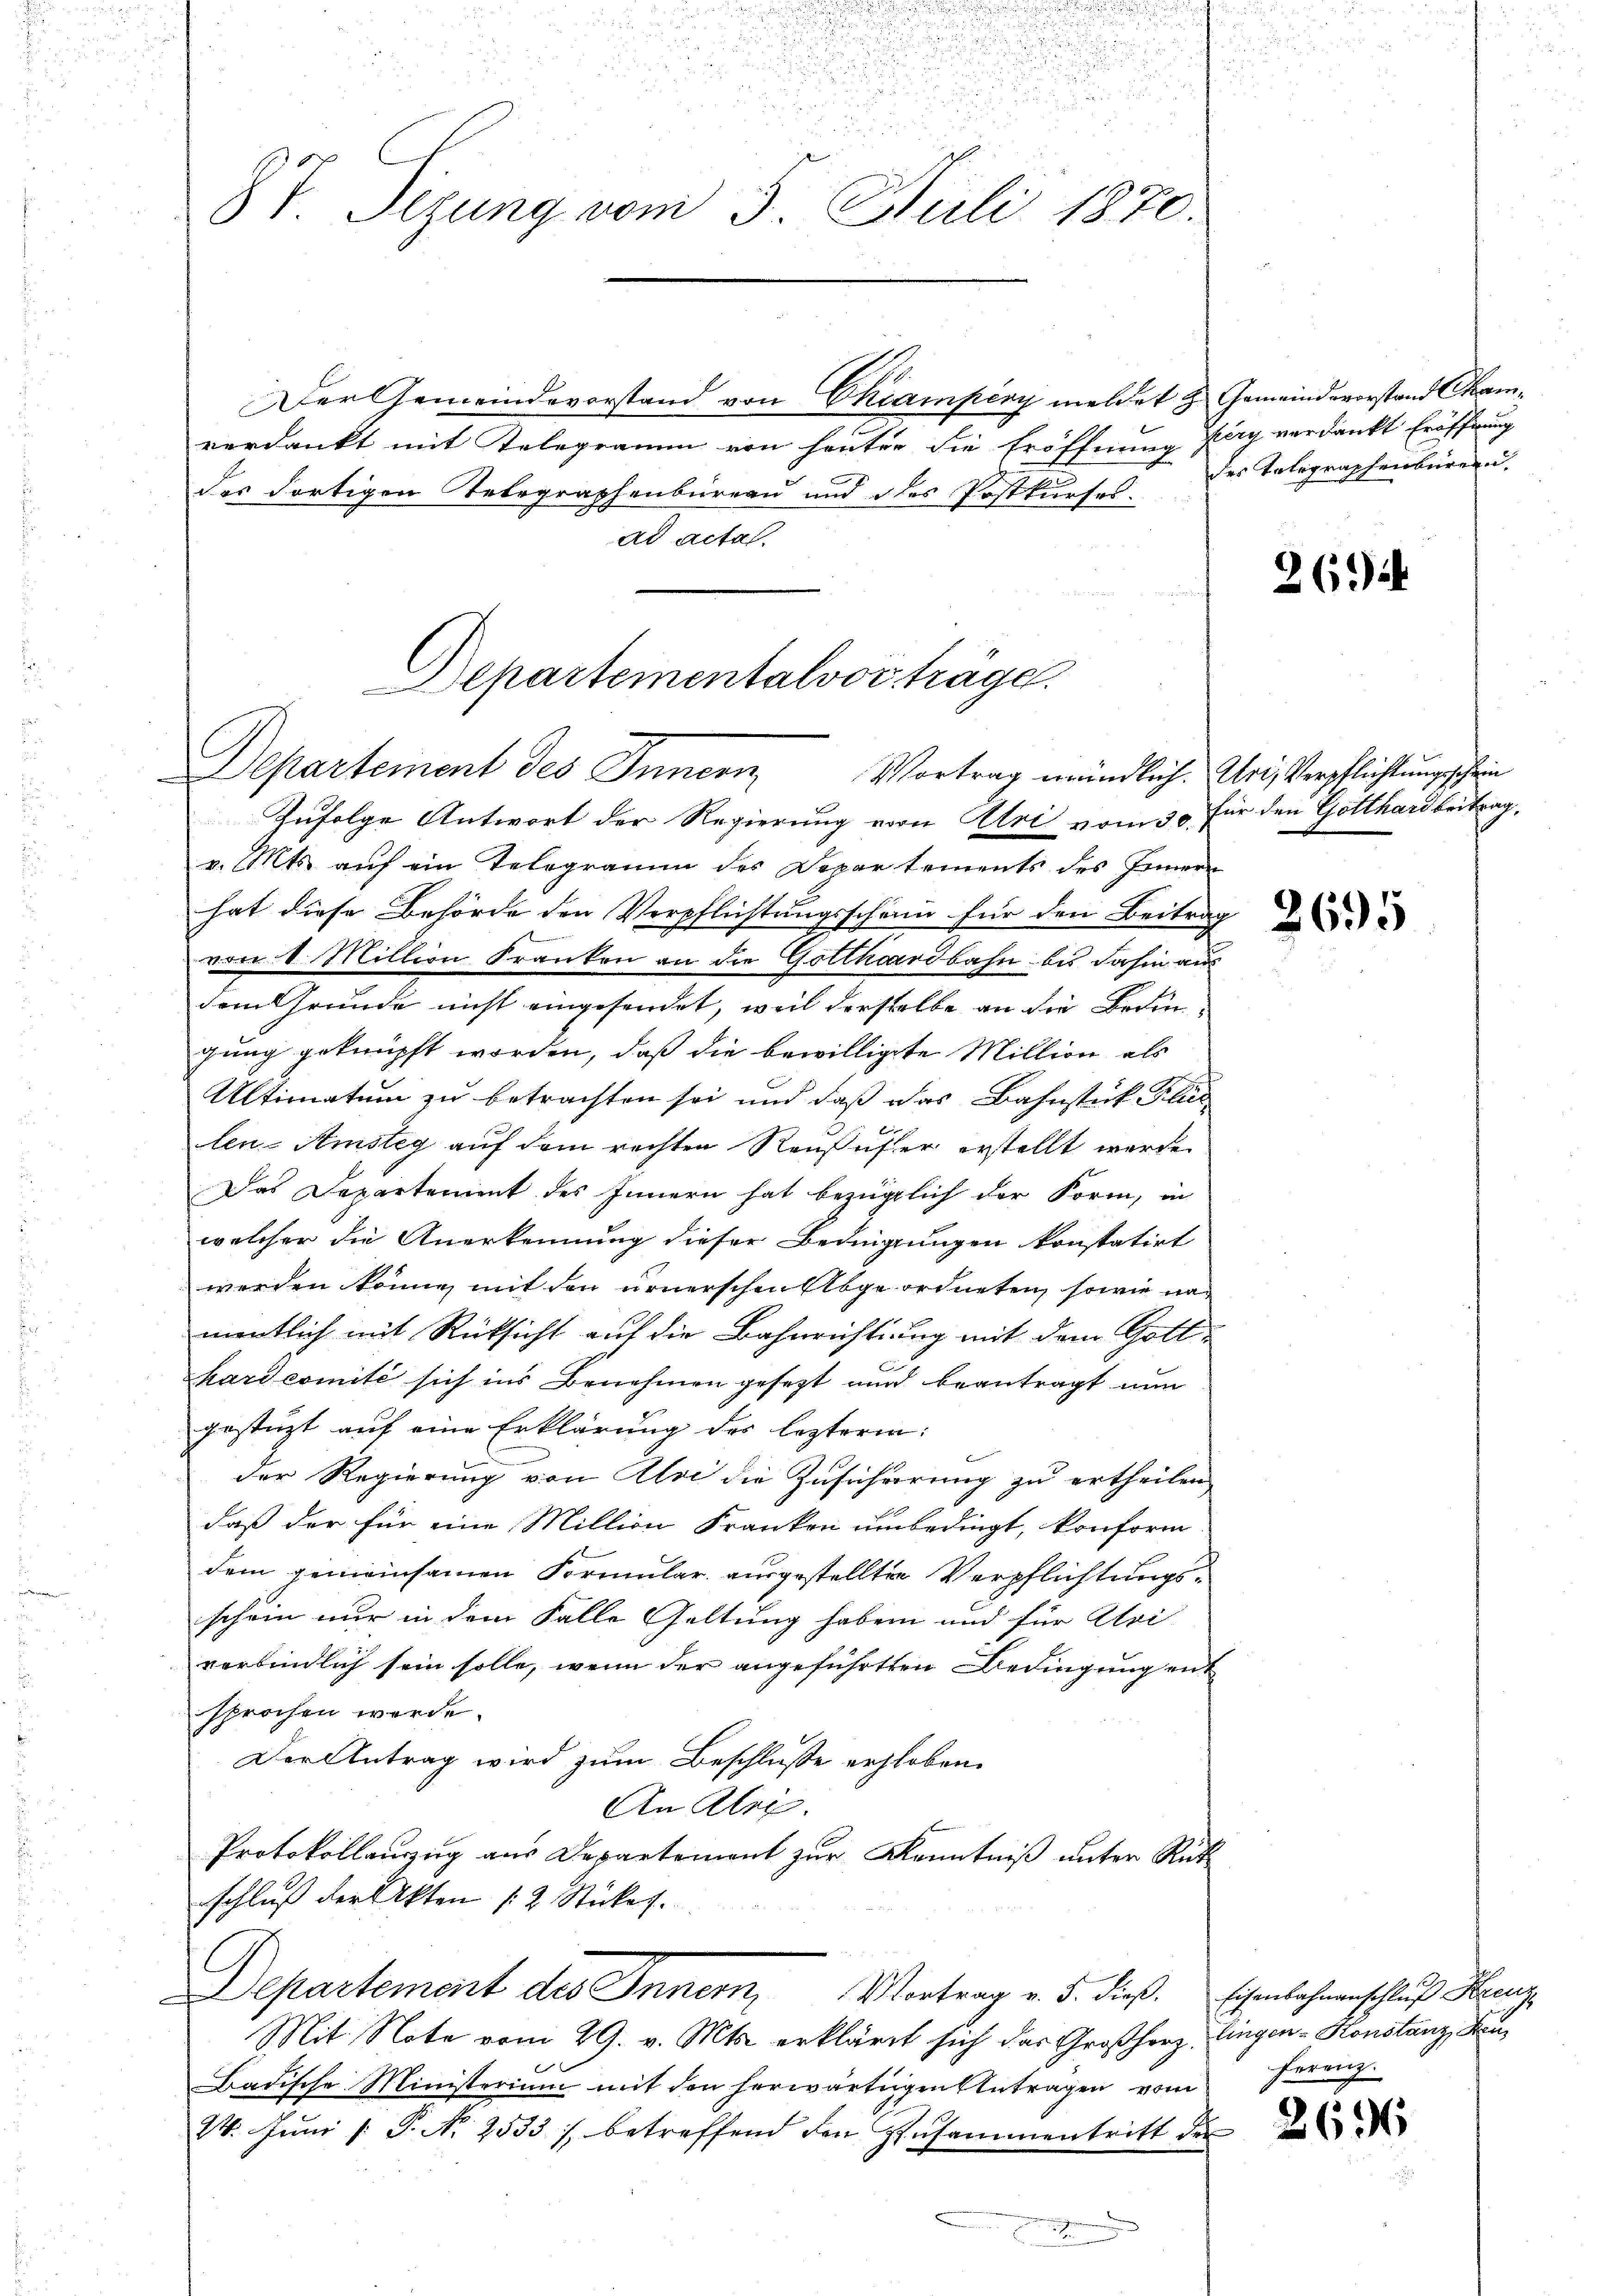
u

87. Sizung vom 5. Juli 1870.

verdankt mit Telegramm von heuter die Eröffnung herg verdankt Eröffnung
des dortigen Telegraphenbüreau und des Postkurses.
ad acta.

epartementalvorträge.
Departement des Innern
Vortrag mündlich. Uri, Verpflichtungschein
Zufolge Antwort der Regierung von Uri vom 30. für den Gotthard beitrag,

Der Gemeindevorstand von Chiampény meldet & Gemeindevorstand Cam¬

v. Mts. auf ein Telegramm des Departements des Innern
hat diese Behörde den Verpflichtungsschänn für den Beitrag
von 4. Million Franken an die Gotthardbahn bis dahin aus
dem Grunde nicht eingesendet, weil derselbe an die Bedin-
gung geknüpft worden, daß die bewilligte Million als
Ultimatum zu betrachten sei und daß das Bahnstück Flus
len-Amsteg auf dem rechten Reußufer erstellt werde.
Das Departement des Innern hat bezüglich der Form, in
welcher die Anerkennung dieser Bedingungen konstatirt
werden könne, mit den ernerschen Abgeordneten, sowie nac
mentlich mit Rücksicht auf die Bahnrichtung mit dem Gottkardcomité sich ins Benehmen gesezt nur beantragt nun
gestüzt auf eine Erklärung des lezteren:
der Regierung von Aloi die Zusicherung zu ertheilen,
daß der für eine Million Franken unbedingt, konform
dem gemeinsamen Formular ausgestellten Verpflichtungsschein nur in dem Falle Geltung haben und für Uri
verbindlich sein solle, wenn der angeführten Bedingung ent
sprochen werde.
Der Antrag wird zum Beschlusse erhoben.
An Alex.
Protokollauszug aus Departement zur Kenntniß unter Rück
schluß der Akten 12 Stückes.
Departement des Inner, Vortrag v. 5. dieß. Eisenbahnenschluß Hunz
Mit Note vom 29. v. Mts. erkläret sich das Großherz, Eingen-Konstanz, Heu
Badische Ministerium mit den herwärtigen Anträgen vom herenz
24. Jŭni /: P. Nr. 2533) betreffend den Zusammentritt der

des Totegraphenbürer u.

26

2695

26